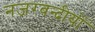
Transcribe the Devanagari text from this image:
नजरबन्दीयों